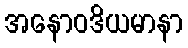
အနောဝဒိယမာနာ